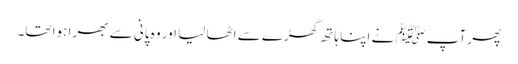
پھر آپﷺ نے اپنا ہاتھ گھڑے سے اٹھا لیا اور وہ پانی سے بھرا ہوا تھا۔